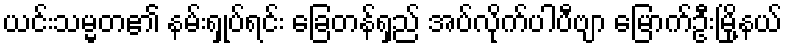
ယင်းသမ္မတ၏ နမ်းရှုပ်ရင်း ခြေတန်ရှည် အပ်လိုက်ပါပီဗျာ မြောက်ဦးမြို့နယ်